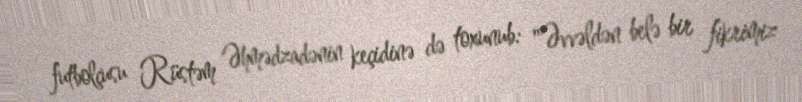
futbolçusu Rüstəm Əhmədzadənin keçidinə də toxunub: "Əvvəldən belə bir fikrimiz